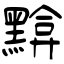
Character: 黭